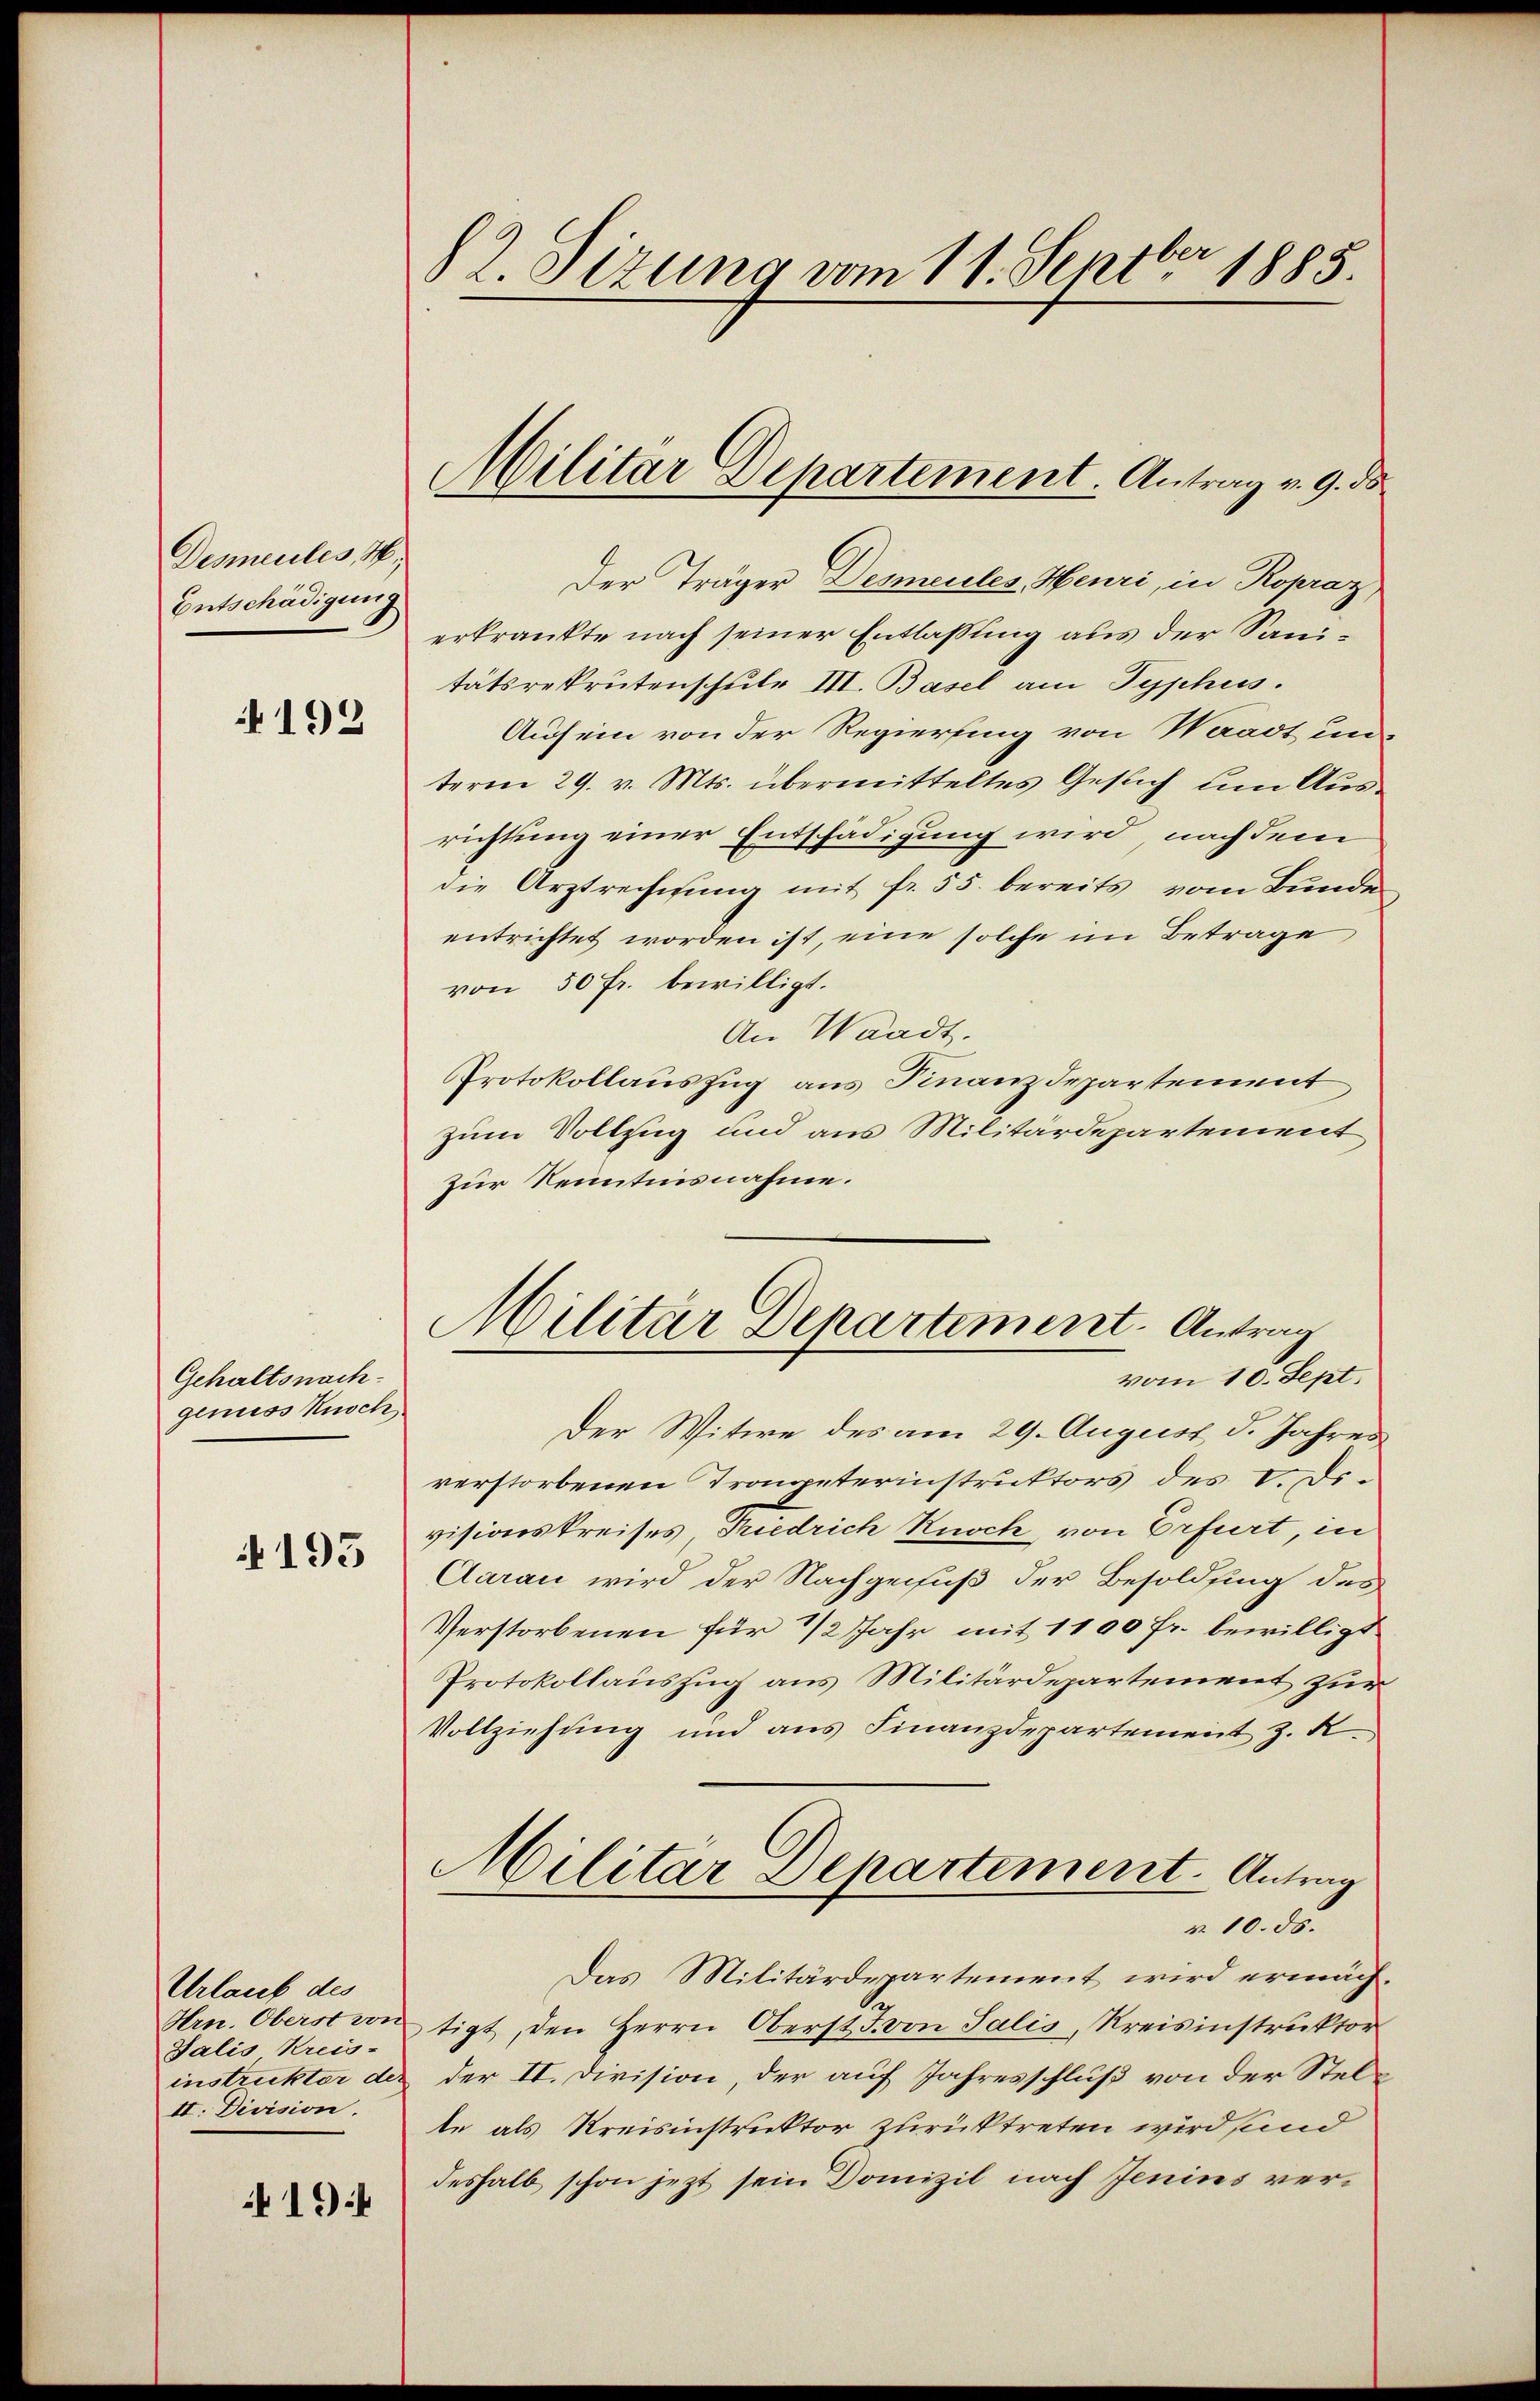
Desmeules, W.
Entschädigung

192

Gehaltsnach
geniess Kusch

195

Urlaub des
Hrn. Oberst von
Salis Kreis-
instruktor der
II. Division.

194

82 Sizung vom 11. Septbr 1885.

Der Träger Desmeules, Heuri, in Ropraz
erkrankte nach seiner Entlassung aus der Sanitätsrekrutenschule III. Basel am Typhuss.
Auf ein von der Regierung von Waadt un-
term 29. v. Mts. übermitteltes Gesuch um Ausrichtung einer Entschädigung wird, nach dem
die Arztrechnung mit fr. 55. bereits vom Bunde
entrichtet worden ist, eine solche im Betrage,
von 50 fr. bewilligt.
An Waadt.
Protokollauszug aus Finanzdepartement
zum Vollzug und aus Militärdepartement
zur Kenntnisnahme.
Militär Departement. Antrag
vom 10. Sept.
Der Witwe des am 29. August d. Jahres
verstorbenen Trompeterinstruktors des V. Di
visionskreises Friedrich Knoch von Erfurt, in
Aarau wird der Nachgenuß der Besoldung des
Verstorbenen für 1/2 Jahr mit 1100 Fr. bewilligt
Protokollauszug aus Militärdepartement zur
Vollziehung und ans Finanzdepartement z. R.
Militar Departement. Antrag
v. 10. ds.
Das Militärdepartement wird ermächtigt, den Herrn Oberst J. von Salis, Kreisinstruktor
der II. Division, der auf Jahresschluß von der Stelte als Kreisinstruktor zurücktreten wird sind
deshalb schon jezt sein Domizil nach Jenins ver¬

Militar Departement. Antrag v. 9. ds